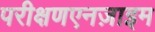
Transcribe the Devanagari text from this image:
परीक्षणएनज़ाइम